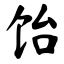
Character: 饴